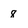
Character: 8